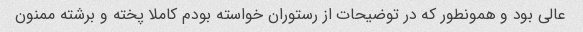
عالی بود و همونطور که در توضیحات از رستوران خواسته بودم کاملا پخته و برشته ممنون